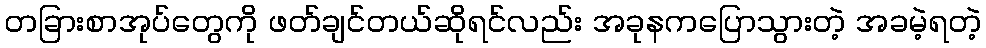
တခြားစာအုပ်တွေကို ဖတ်ချင်တယ်ဆိုရင်လည်း အခုနကပြောသွားတဲ့ အခမဲ့ရတဲ့